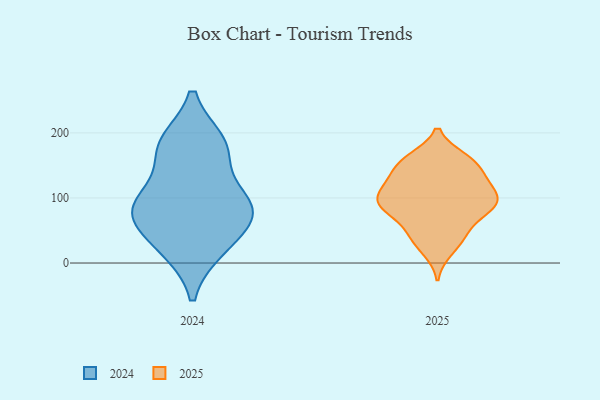
{"axis": {"x": "Operating Costs (USD K)", "y": "Value"}, "legend": ["2024", "2025"], "data": [{"x": "", "y": 158, "type": "2025"}, {"x": "", "y": 56, "type": "2025"}, {"x": "", "y": 38, "type": "2025"}, {"x": "", "y": 80, "type": "2025"}, {"x": "", "y": 120, "type": "2025"}, {"x": "", "y": 83, "type": "2025"}, {"x": "", "y": 19, "type": "2025"}, {"x": "", "y": 42, "type": "2025"}, {"x": "", "y": 146, "type": "2025"}, {"x": "", "y": 99, "type": "2025"}, {"x": "", "y": 91, "type": "2025"}, {"x": "", "y": 100, "type": "2025"}, {"x": "", "y": 159, "type": "2025"}, {"x": "", "y": 87, "type": "2025"}, {"x": "", "y": 136, "type": "2025"}, {"x": "", "y": 91, "type": "2025"}, {"x": "", "y": 161, "type": "2025"}, {"x": "", "y": 116, "type": "2025"}, {"x": "", "y": 123, "type": "2025"}, {"x": "", "y": 84, "type": "2024"}, {"x": "", "y": 85, "type": "2024"}, {"x": "", "y": 78, "type": "2024"}, {"x": "", "y": 101, "type": "2024"}, {"x": "", "y": 181, "type": "2024"}, {"x": "", "y": 184, "type": "2024"}, {"x": "", "y": 75, "type": "2024"}, {"x": "", "y": 172, "type": "2024"}, {"x": "", "y": 27, "type": "2024"}, {"x": "", "y": 22, "type": "2024"}]}